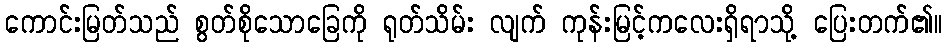
ကောင်းမြတ်သည် စွတ်စိုသောခြေကို ရုတ်သိမ်း လျက် ကုန်းမြင့်ကလေးရှိရာသို့ ပြေးတက်၏။